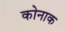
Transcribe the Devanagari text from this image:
कोनाक